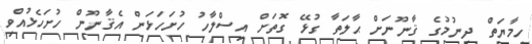
ހިމާޔަތް ދިނުމުގެ ޤާނޫނަށް ޙާލަތާ ގުޅޭ ގޮތަށް އިސްލާހު ހުށަހަޅަން އެޤާނޫން ހުށަހެޅުއްވި